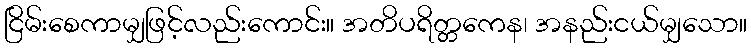
ငြိမ်းစေကာမျှဖြင့်လည်းကောင်း။ အတိပရိတ္တကေန၊ အနည်းငယ်မျှသော။